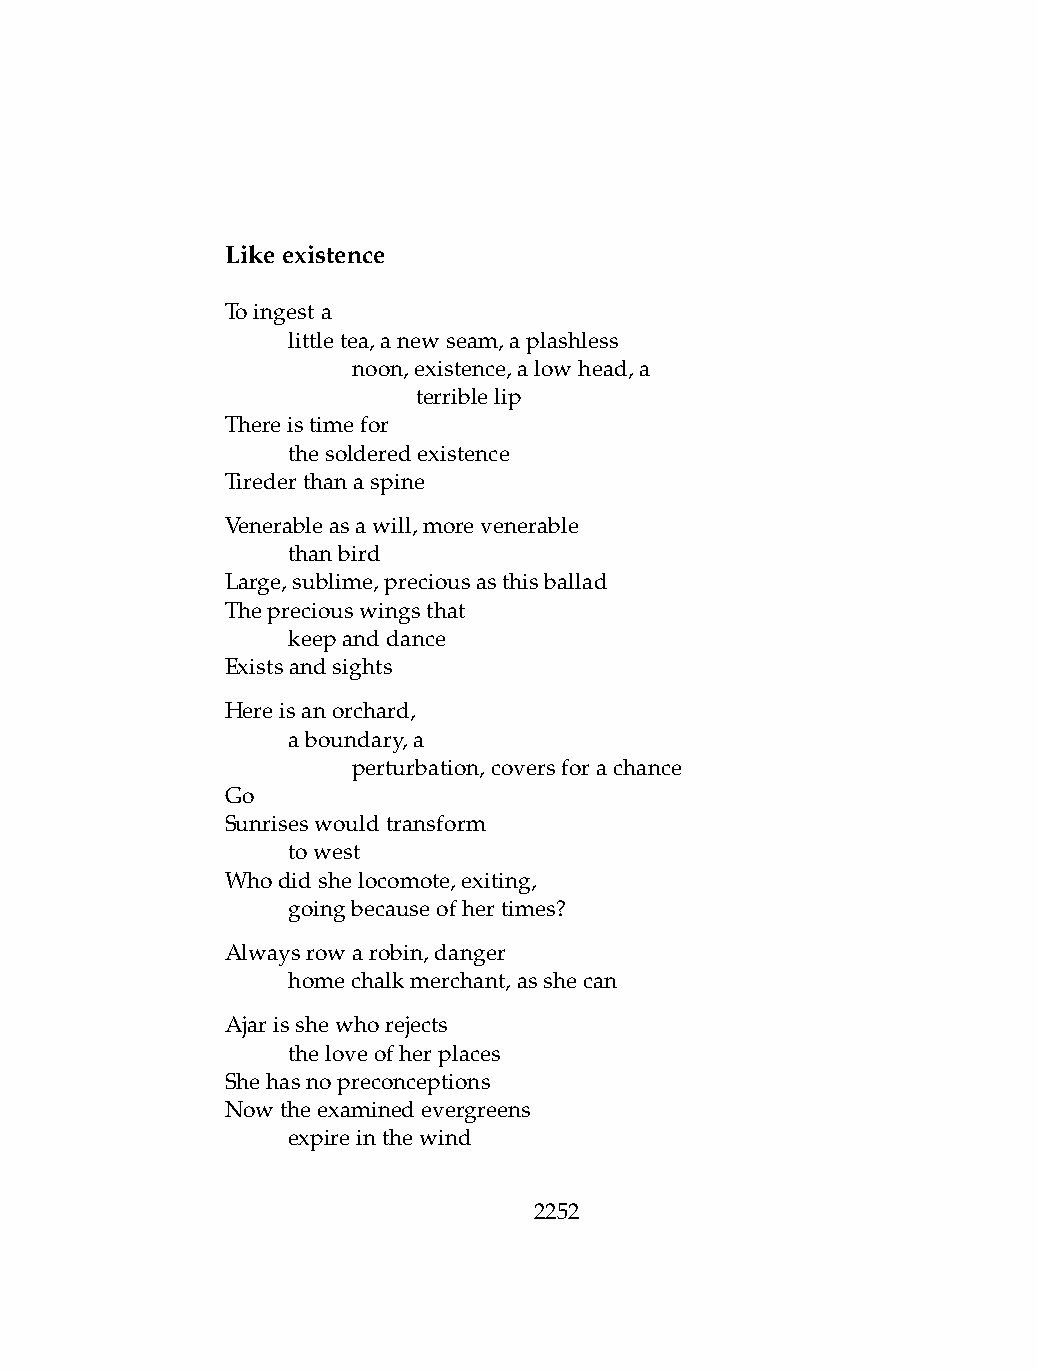
Likeexistence
 Toingesta
 .   littletea,anewseam,aplashless
 .   .   noon,existence,alowhead,a
 .   .   .    terriblelip
 Thereistimefor
 .   thesolderedexistence
 Tirederthanaspine
 Venerableasawill,morevenerable
 .   thanbird
 Large,sublime,preciousasthisballad
 Thepreciouswingsthat
 .   keepanddance
 Existsandsights
 Hereisanorchard,
 .   aboundary,a
 .   .   perturbation,coversforachance
 Go
 Sunriseswouldtransform
 .   towest
 Whodidshelocomote,exiting,
 .   goingbecauseofhertimes?
 Alwaysrowarobin,danger
 .   homechalkmerchant,asshecan
 Ajarisshewhorejects
 .   theloveofherplaces
 Shehasnopreconceptions
 Nowtheexaminedevergreens
 .   expireinthewind
 2252